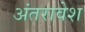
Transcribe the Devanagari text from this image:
अंतरावेश